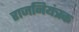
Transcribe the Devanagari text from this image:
राजनियंत्रक